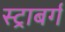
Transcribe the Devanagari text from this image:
स्ट्राबर्ग